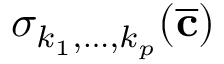
\sigma _ { k _ { 1 } , \hdots , k _ { p } } ( \overline { { \mathbf { c } } } )